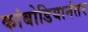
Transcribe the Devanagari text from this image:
कांबोडियानंतर